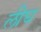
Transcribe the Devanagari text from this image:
लीघ